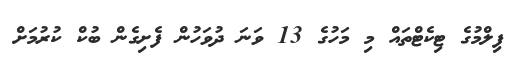
ފިލްމުގެ ޓިކެޓްތައް މި މަހުގެ 13 ވަނަ ދުވަހުން ފެށިގެން ބުކް ކުރުމަށް